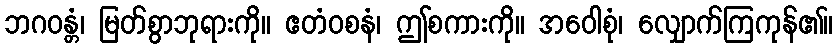
ဘဂဝန္တံ၊ မြတ်စွာဘုရားကို။ ဧတံဝစနံ၊ ဤစကားကို။ အဝေါစုံ၊ လျှောက်ကြကုန်၏။